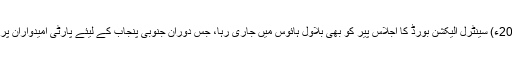
04 جون2018ء) سینٹرل الیکشن بورڈ کا اجلاس پیر کو بھی بلاول ہائوس میں جاری رہا، جس دوران جنوبی پنجاب کے لیئے پارٹی امیدواران پر غور کیا گیا۔